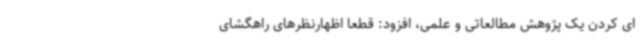
ای کردن یک پژوهش مطالعاتی و علمی، افزود: قطعا اظهارنظرهای راهگشای